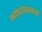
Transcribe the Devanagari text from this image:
अयोध्येजवळच्या